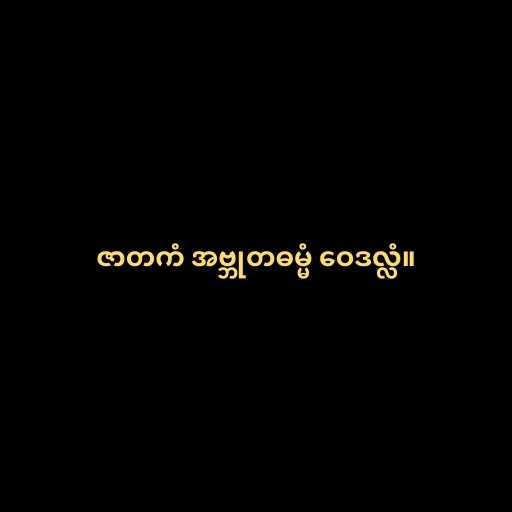
ဇာတကံ အဗ္ဘုတဓမ္မံ ဝေဒလ္လံ။